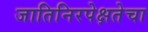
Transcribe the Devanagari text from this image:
जातिनिरपेक्षतेचा